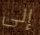
إلى